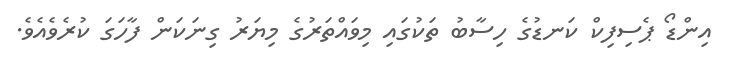
އިންޑޯ ޕެސިފިކް ކަނޑުގެ ހިސާބު ތަކުގައި މިވައްތަރުގެ މިޔަރު ގިނަކަން ފާހަގަ ކުރެވެއެވެ.